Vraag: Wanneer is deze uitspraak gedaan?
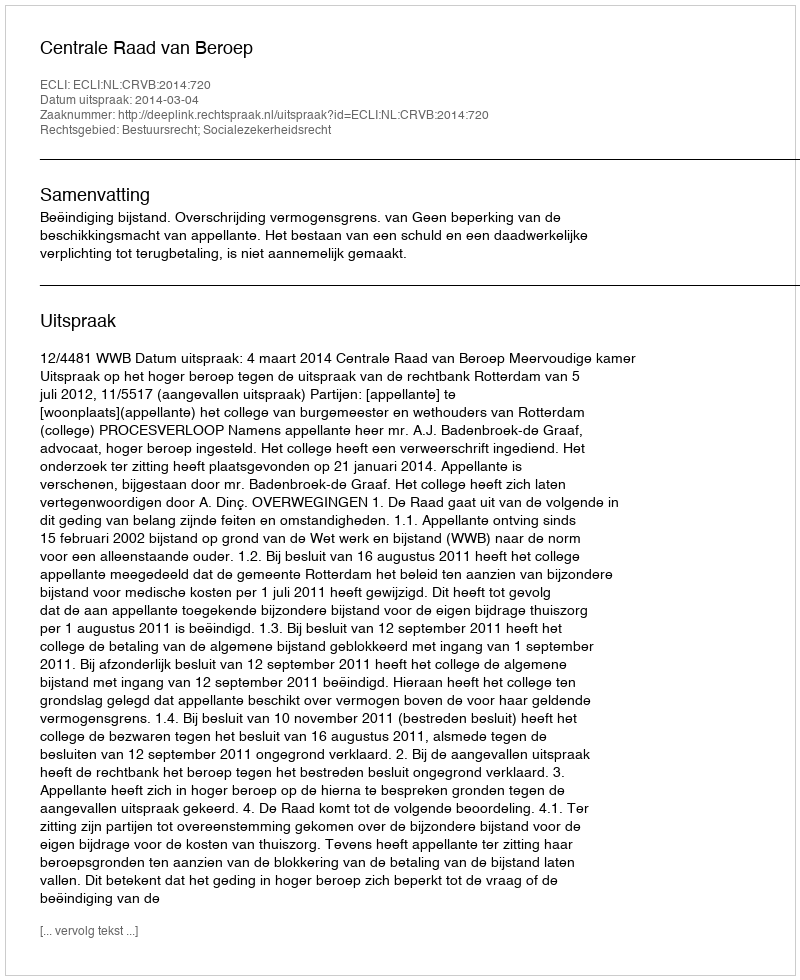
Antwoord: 2014-03-04